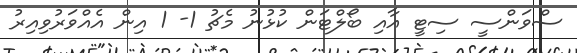
ސްވަންސީ ސިޓީ އާއި ބޯލްޓަން ކުޅުނު މެޗު 1- 1 އިން އެއްވަރުވިއިރު